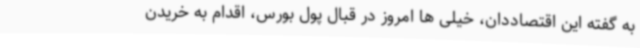
به گفته این اقتصاددان، خیلی ها امروز در قبال پول بورس، اقدام به خریدن